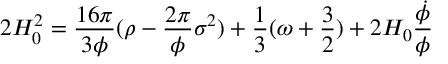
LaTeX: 2 H _ { 0 } ^ { 2 } = \frac { 1 6 { \pi } } { 3 { \phi } } ( { \rho } - \frac { 2 { \pi } } { \phi } { \sigma } ^ { 2 } ) + \frac { 1 } { 3 } ( { \omega } + \frac { 3 } { 2 } ) + 2 H _ { 0 } \frac { \dot { \phi } } { \phi }